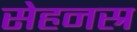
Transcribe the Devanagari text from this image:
सेहनस्र